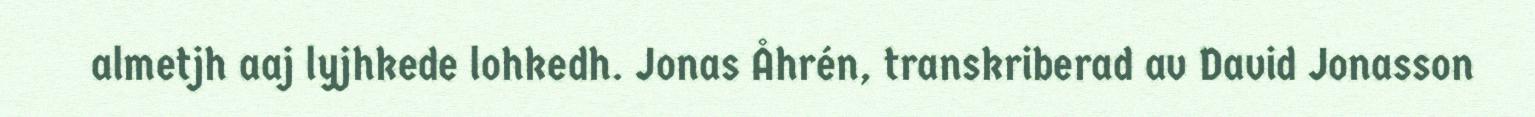
almetjh aaj lyjhkede lohkedh. Jonas Åhrén, transkriberad av David Jonasson